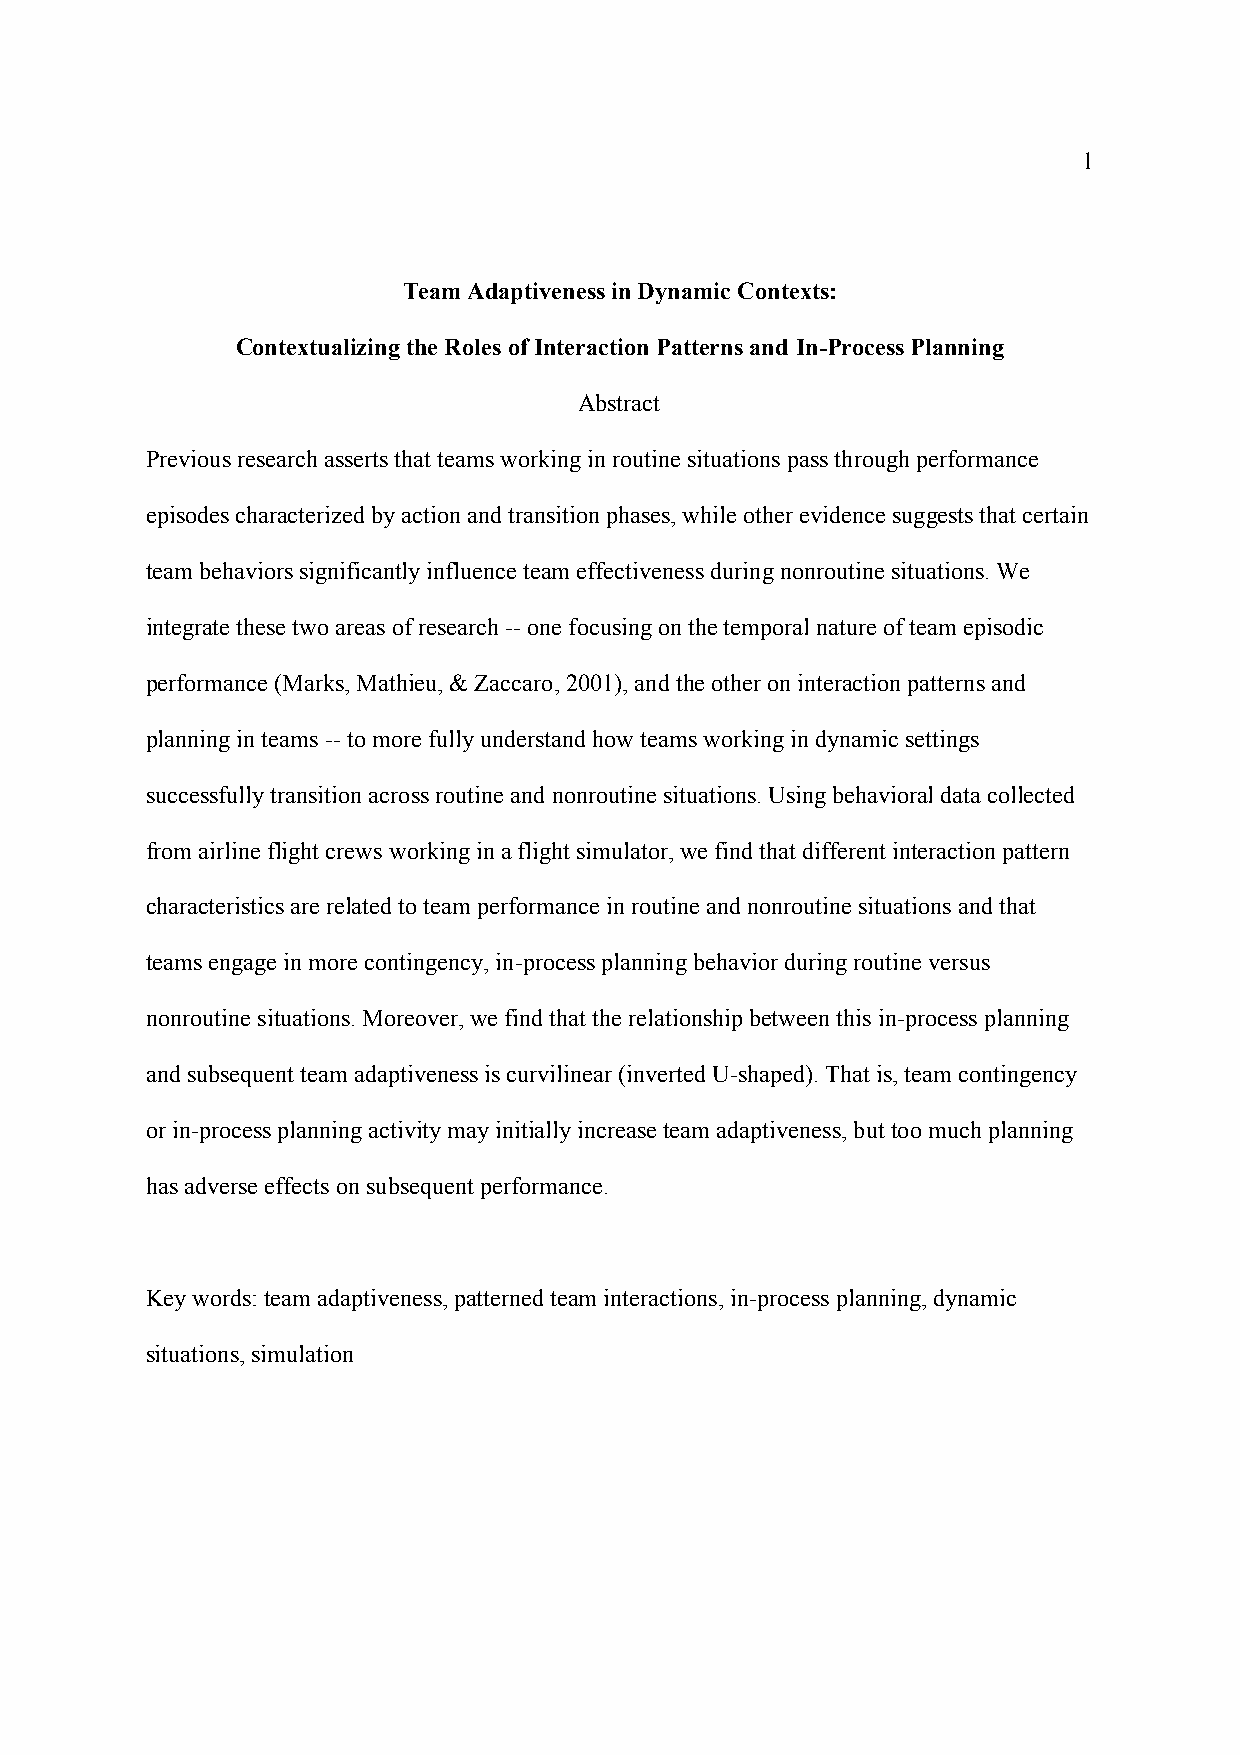
1
 Team Adaptiveness in Dynamic Contexts:
 Contextualizing the Roles of Interaction Patterns and In-Process Planning
 Abstract
 Previous research asserts that teams working in routine situations pass through performance
 episodes characterized by action and transition phases, while other evidence suggests that certain
 team behaviors significantly influence team effectiveness during nonroutine situations. We
 integrate these two areas of research -- one focusing on the temporal nature of team episodic
 performance (Marks, Mathieu, & Zaccaro, 2001), and the other on interaction patterns and
 planning in teams -- to more fully understand how teams working in dynamic settings
 successfully transition across routine and nonroutine situations. Using behavioral data collected
 from airline flight crews working in a flight simulator, we find that different interaction pattern
 characteristics are related to team performance in routine and nonroutine situations and that
 teams engage in more contingency, in-process planning behavior during routine versus
 nonroutine situations. Moreover, we find that the relationship between this in-process planning
 and subsequent team adaptiveness is curvilinear (inverted U-shaped). That is, team contingency
 or in-process planning activity may initially increase team adaptiveness, but too much planning
 has adverse effects on subsequent performance.
 Key words: team adaptiveness, patterned team interactions, in-process planning, dynamic
 situations, simulation